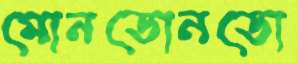
মোনডোনডো